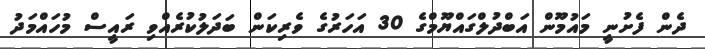
ދެން ފެށުނީ މައުމޫން އަބްދުލްގައްޔޫމްގެ 30 އަހަރުގެ ވެރިކަން ބަދަލުކުރެއްވި ރައީސް މުހައްމަދު